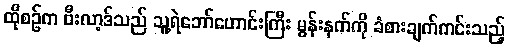
ထိုစဉ်က ဗီးလာ့ဒ်သည် သူ့ရဲဘော်ဟောင်းကြီး မွန်းနက်ကို ခံစားချက်ကင်းသည့်